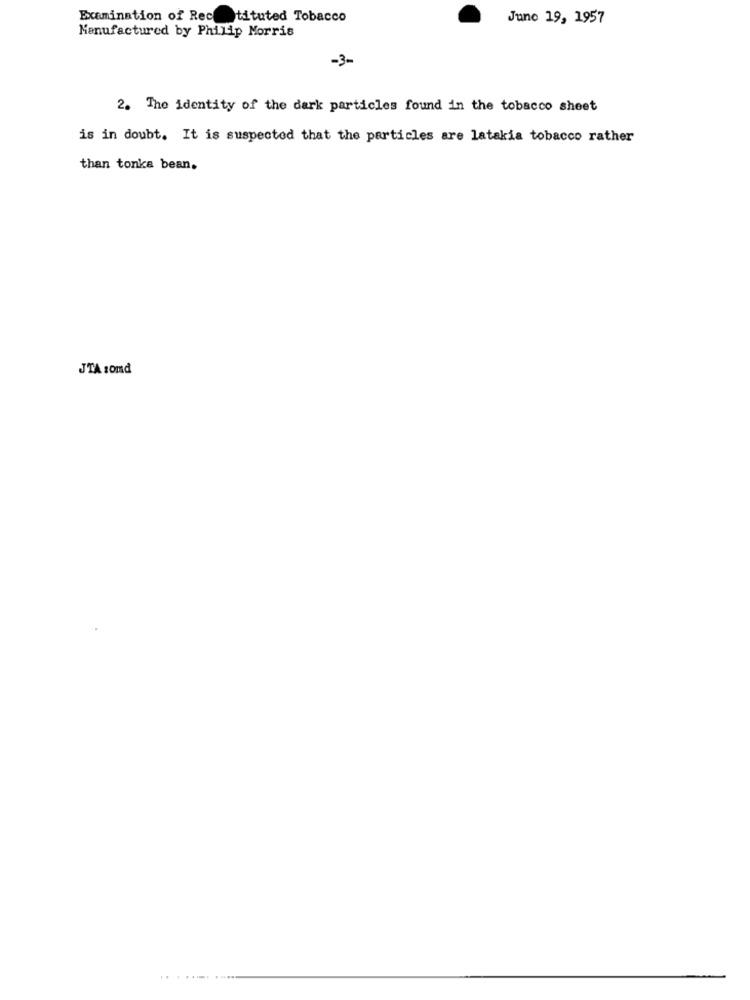
Examination of Rectituted Tobacco
June 19, 1957
Manufactured by Philip Morris
-30
2. The identity of the dark particles found in the tobacco sheet
is in doubt. It is suspected that the particles are latakia tobacco rather
than tonka bean.
JTA somd
......
....